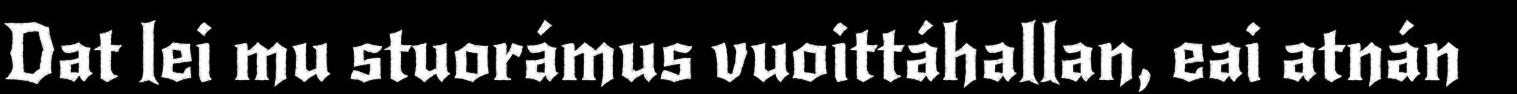
Dat lei mu stuorámus vuoittáhallan, eai atnán